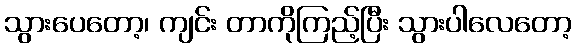
သွားပေတော့၊ ကျင်း တာကိုကြည့်ပြီး သွားပါလေတော့